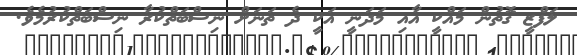
ލަފްޒީ ގޮތުން މައްކީ އާއި މަދަނީ އަކީ ދެ ތަނަށް ނިސްބަތްކުރާ ނިސްބަތްކުރުމެވެ.